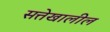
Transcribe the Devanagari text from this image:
सत्तेखालील